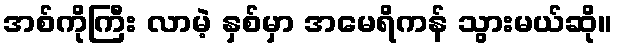
အစ်ကိုကြီး လာမဲ့ နှစ်မှာ အမေရိကန် သွားမယ်ဆို။